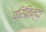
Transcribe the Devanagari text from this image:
परिनिन्दा